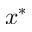
x ^ { * }